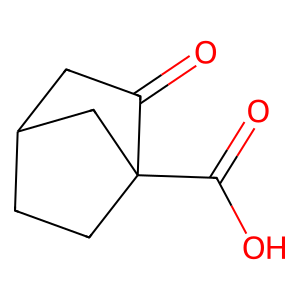
SMILES: O=C(O)C12CCC(CC1=O)C2
Inhibits HIV replication: No